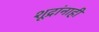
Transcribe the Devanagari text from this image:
शूद्रांनाही